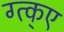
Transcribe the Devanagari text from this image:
ग्त्क्ए